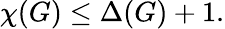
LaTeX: \chi(G)\leq\Delta(G)+1.